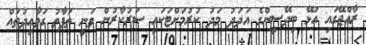
ރާއްޖޭގައި އުޅޭ ބިދޭސީންގެ އަދަދު މަދު ކުރުމަށްޓަކައި ސަރުކާރުން ވަނީ ތަފާތު ގަވާއިދުތައް